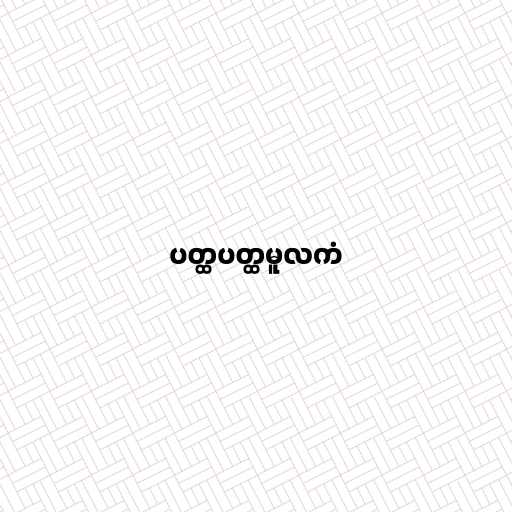
ပတ္ထပတ္ထမူလကံ